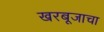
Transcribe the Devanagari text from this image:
खरबूजाचा